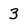
Character: 3